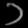
Digit: ၁